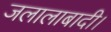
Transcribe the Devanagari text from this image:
जलालाबादी।